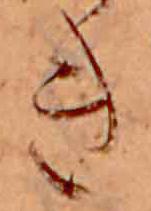
き